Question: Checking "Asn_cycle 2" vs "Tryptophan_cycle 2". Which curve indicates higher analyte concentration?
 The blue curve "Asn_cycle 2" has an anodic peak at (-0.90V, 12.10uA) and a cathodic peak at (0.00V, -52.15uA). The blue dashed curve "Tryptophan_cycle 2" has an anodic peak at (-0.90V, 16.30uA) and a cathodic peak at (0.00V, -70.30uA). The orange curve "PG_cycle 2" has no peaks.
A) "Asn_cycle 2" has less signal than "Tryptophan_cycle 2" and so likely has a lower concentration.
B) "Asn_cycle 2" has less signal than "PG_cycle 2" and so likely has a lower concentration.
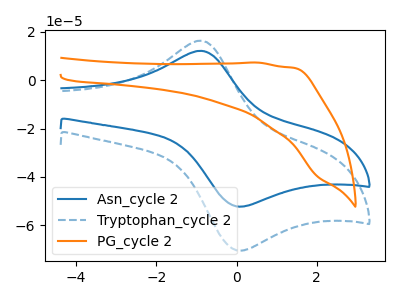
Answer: <think>All the peaks in "Asn_cycle 2" have a peak in "Tryptophan_cycle 2" at the same potential. Every peak in "Asn_cycle 2" is lower than every peak in "Tryptophan_cycle 2".
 </think>
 <answer>A) "Asn_cycle 2" has less signal than "Tryptophan_cycle 2" and so likely has a lower concentration.</answer>
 <eval>A</eval>